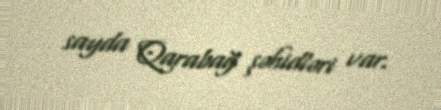
sayda Qarabağ şəhidləri var.